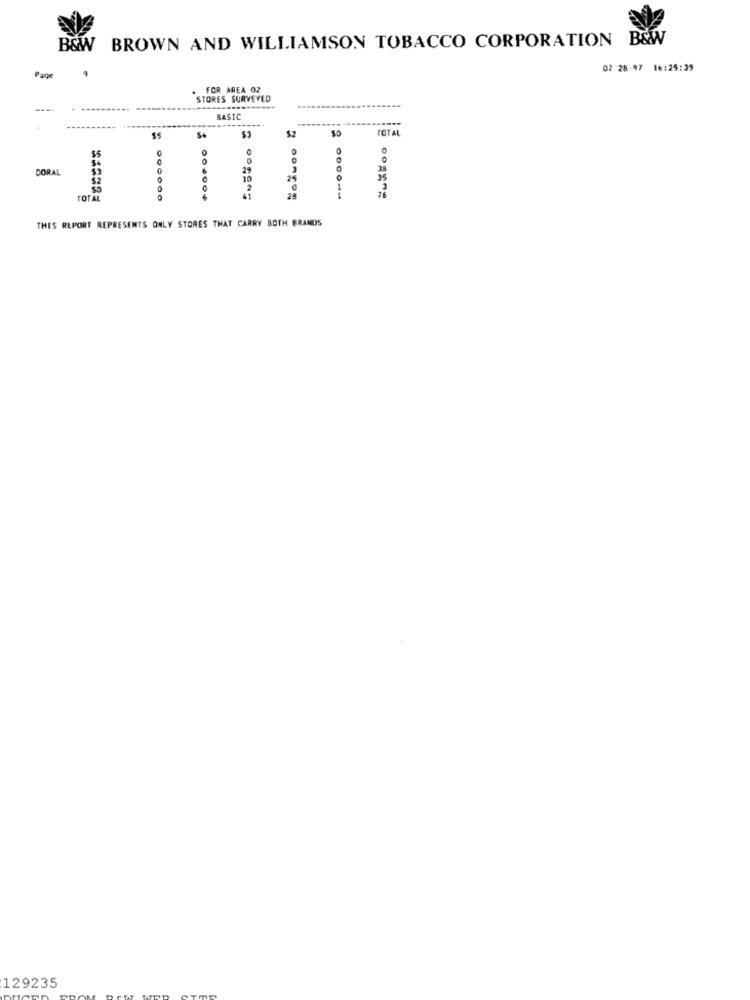
B&W BROWN AND WILLIAMSON TOBACCO CORPORATION B&W
07 -28-97 16:25:39
Page
. FOR AREA 02
STORES SURVEYED
-----.
BASIC
....
$2
TOTAL
0
$5
0
DORAL
6
29
10
35
SO
2
TOTAL
41
......
000011
THIS REPORT REPRESENTS ONLY STORES THAT CARRY BOTH BRANDS
129235